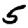
Digit: 5